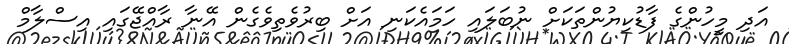
އަދި މީހުންގެ ފާޑުކިޔުންތަކަށް ނުބަލައި ހަމައެކަނި އަށް ބިރުވެތިވެގެން އޭނާ ރާއްޖޭގައި އިސްލާމް